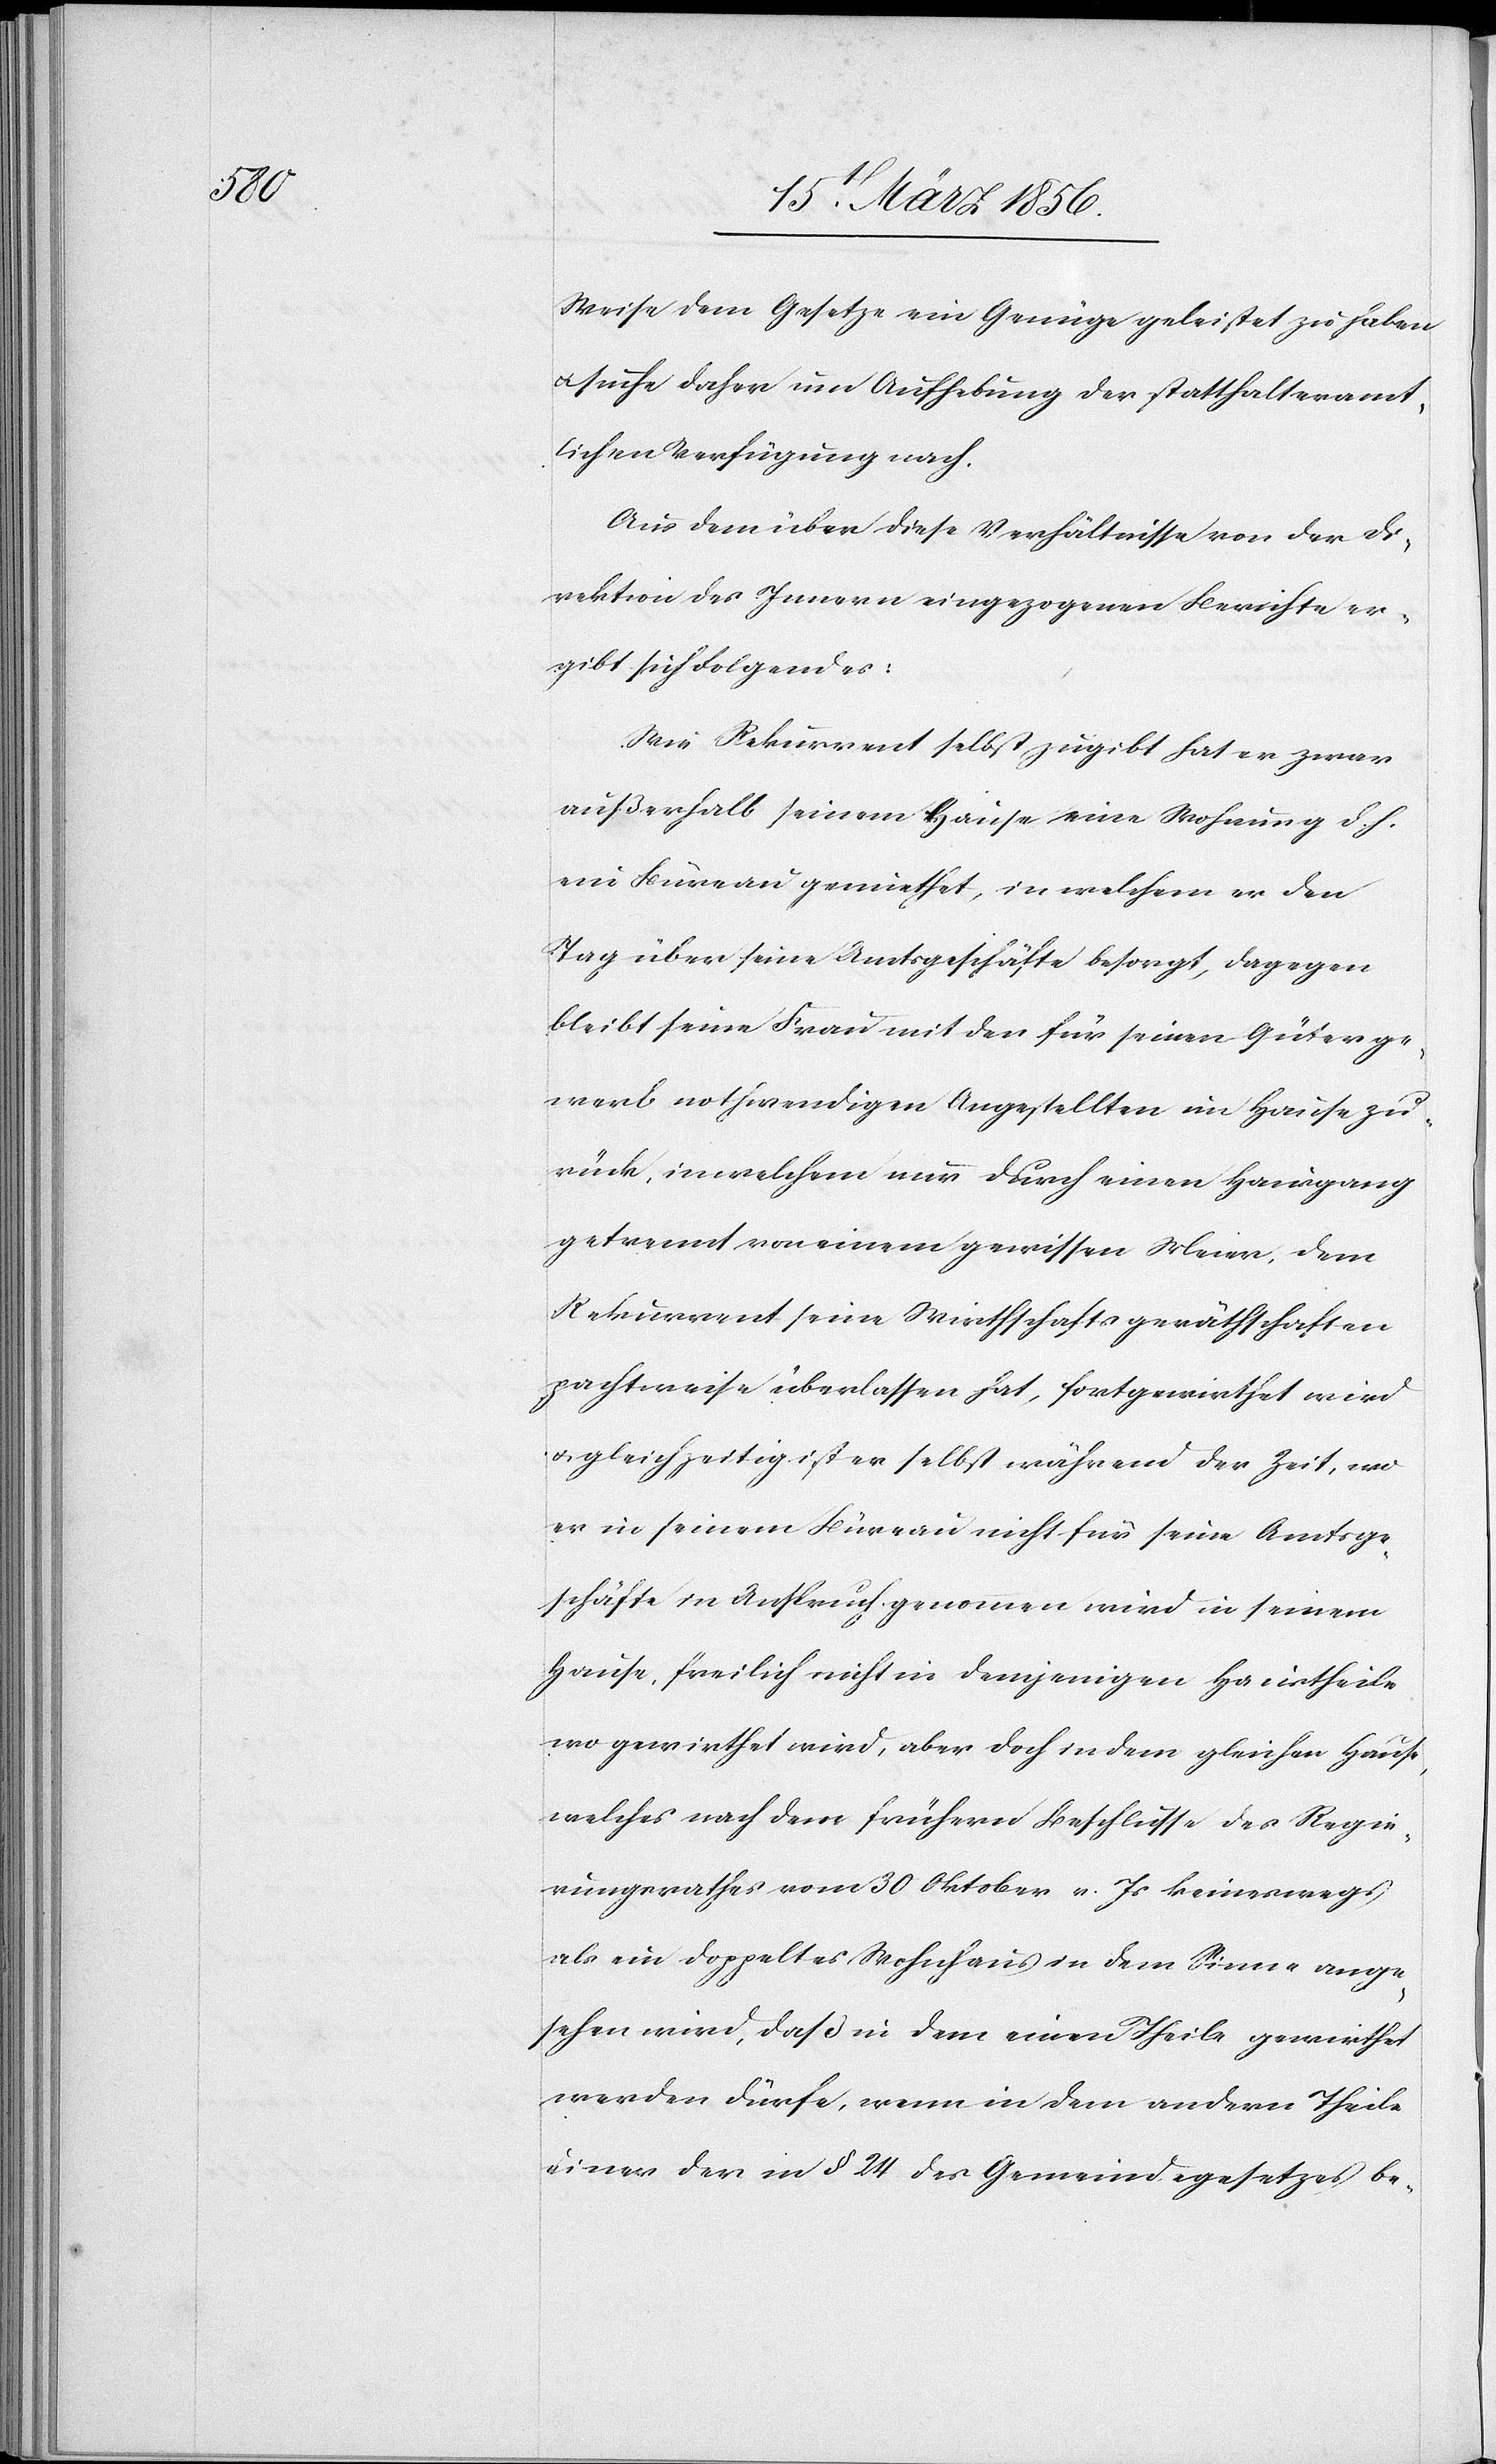
Weise dem Gesetze ein Genüge geleistet zu haben
u. suche daher um Aufhebung der statthalteramt¬
lichen Verfügung nach.
Aus dem über diese Verhältnisse von der Di¬
rektion des Innern eingezogenen Berichte er¬
gibt sich Folgendes:
Wie Rekurrent selbst zugibt hat er zwar
außerhalb seinem Hause eine Wohnung d. h.
ein Büreau gemiethet, in welchem er den
Tag über seine Amtsgeschäfte besorgt, dagegen
bleibt seine Frau mit den für seinen Güterge¬
werb nothwendigen Angestellten im Hause zu¬
rück, in welchem nur durch einen Hausgang
getrennt von einem gewissen Meier, dem
Rekurrent seine Wirthschaftsgeräthschaften
pachtweise überlassen hat, fortgewirthet wird
u. gleichzeitig ist er selbst während der Zeit, wo
er in seinem Büreau nicht für seine Amtsge¬
schäfte in Anspruch genommen wird in seinem
Hause, freilich nicht in demjenigen Haustheile
wo gewirthet wird, aber doch in dem gleichen Hause,
welches nach dem frühern Beschlusse des Regie¬
rungsrathes vom 30 Oktober v. Js keineswegs
als ein doppeltes Wohnhaus in dem Sinne ange¬
sehen wird, daß in dem einen Theile gewirthet
werden dürfe, wenn in dem andern Theile
einer der in § 24 des Gemeindegesetzes be-